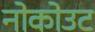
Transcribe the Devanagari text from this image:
नोकोउट